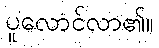
ပူလောင်လာ၏။